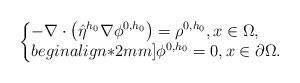
LaTeX: \begin{align*}\left\{\begin{array}{@{}l@{}}{\displaystyle -\nabla\cdot \big(\hat{\eta}^{h_0}\nabla \phi^{0,h_0}\big)=\rho^{0,h_0},x\in \Omega,}\\begin{align*}2mm]{\displaystyle \phi^{0,h_0}=0,x\in \partial \Omega.}\end{array}\right.\end{align*}